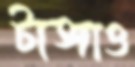
টাঙ্গাও